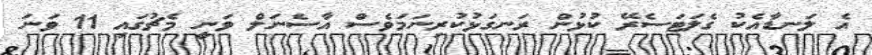
އެ ލަނޑާއެކު ގެލަޓަސެރޭ ކުޅުން ރަނގަޅުކުރިނަމަވެސް އާސެނަލް ވަނީ މެޗުގައި 11 ވަނަ